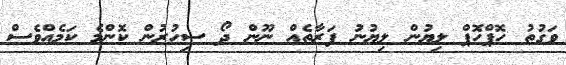
ވަގުތު ހޮޕްހޮޕް ލިޔުން ލިޔުނު ފަރާތެއް ނޫން ދޯ ސިހުރުން ކޮންމެ ކަމެއްވެސް